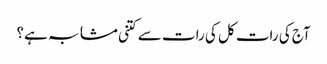
آج کی رات کل کی رات سے کتنی مشابہ ہے؟